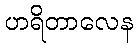
ဟရိတာလေန